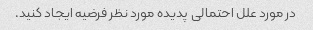
در مورد علل احتمالی پدیده مورد نظر فرضیه ایجاد کنید.